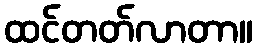
ထင်တတ်လာတာ။